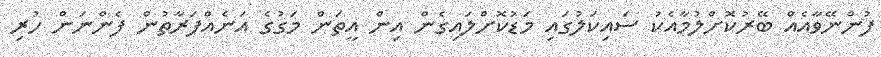
ފުންނޭވާއެއް ބޭރުކޮށްލުމާއެކު ސައިކަލުގައި މަޑުކޮށްލައިގެން އިން އީތަން މަގުގެ އަނެއްފަރާތުން ފެންނަން ހުރި